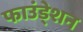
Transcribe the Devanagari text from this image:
फाउंडे्शन